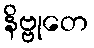
နိဗ္ဗုတေ